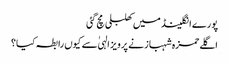
پورے انگلینڈ میں کھلبلی مچ گئی
اگلے حمزہ شہباز نے پرویز الہیٰ سے کیوں رابطہ کیا؟